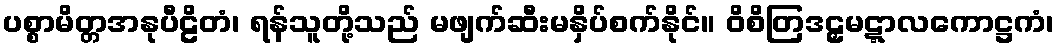
ပစ္စာမိတ္တအနုပီဠိတံ၊ ရန်သူတို့သည် မဖျက်ဆီးမနှိပ်စက်နိုင်။ ဝိစိတြဒဠှမဋ္ဋာလကောဋ္ဌကံ၊